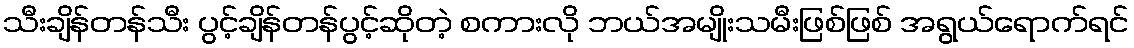
သီးချိန်တန်သီး ပွင့်ချိန်တန်ပွင့်ဆိုတဲ့ စကားလို ဘယ်အမျိုးသမီးဖြစ်ဖြစ် အရွယ်ရောက်ရင်